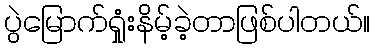
ပွဲမြောက်ရှုံးနိမ့်ခဲ့တာဖြစ်ပါတယ်။